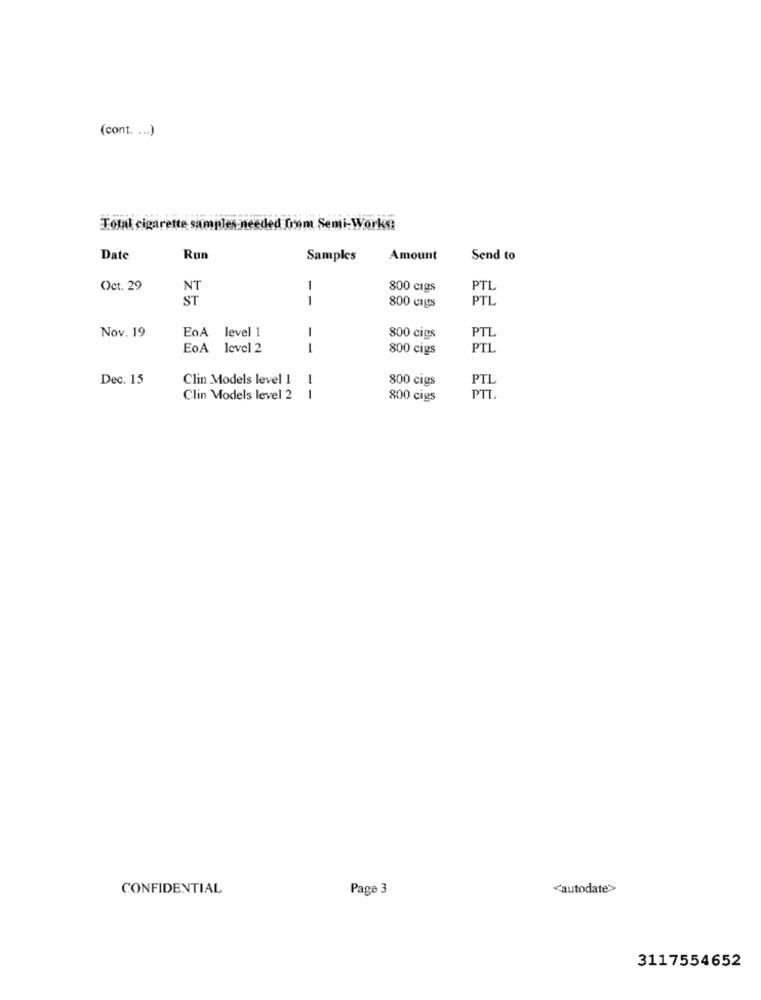
(cont. ... )
Total cigarette samples needed from Semi-Works:
Date
Run
Samples
Amount
Send to
Oct. 29
NT
-
800 cigs
PTL
ST
-
800 cags
PTL
-
Nov. 19
EoA level 1
800 cigs
PTL
EoA level 2
800 cigs
PTL
Dec. 15
Clin Models level 1
1
800 cigs
PTL
Clin Models level 2
1
800 cigs
PTI.
CONFIDENTIAL
Page 3
<autodate>
3117554652